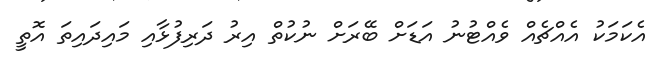
އެކަމަކު އެއްޗެއް ވެއްޓުނު އަޑަށް ބޭރަށް ނުކުތް އިރު ދަރިފުޅާއި މައިދައިތަ އޮތީ